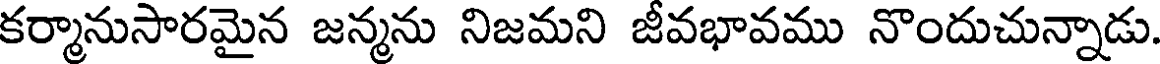
కర్మానుసారమైన జన్మను నిజమని జీవభావము నొందుచున్నాడు.